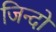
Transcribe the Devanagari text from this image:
जिन्दों